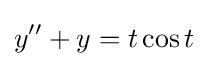
y''+y=t\cos t